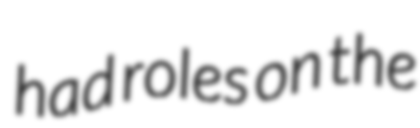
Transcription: had roles on the